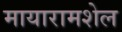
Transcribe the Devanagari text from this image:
मायारामशेल